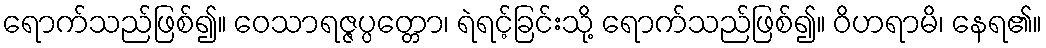
ရောက်သည်ဖြစ်၍။ ဝေသာရဇ္ဇပ္ပတ္တော၊ ရဲရင့်ခြင်းသို့ ရောက်သည်ဖြစ်၍။ ဝိဟရာမိ၊ နေရ၏။